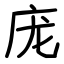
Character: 庞